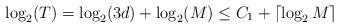
LaTeX: \begin{align*} \log_2 (T) = \log_2 (3d) + \log_2 (M) \leq C_1 + \lceil \log_2 M \rceil\end{align*}